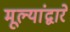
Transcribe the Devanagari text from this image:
मूल्यांद्वारे